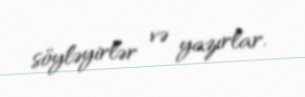
söyləyirlər və yazırlar.